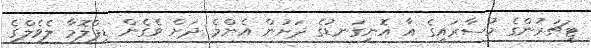
ޓީޗަރުންގެ މުސާރައިގެ އާ އޮނިގަނޑުގެ ދަށުން އެންމެ ދަށް ވެގެން ޑިޕްލޮމާ ލެވެލްގެ